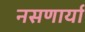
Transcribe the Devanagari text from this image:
नसणार्या